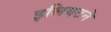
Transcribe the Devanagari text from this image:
इलियटने